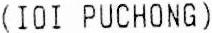
(IOI PUCHONG)